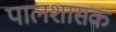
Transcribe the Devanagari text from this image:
पालशासक